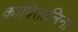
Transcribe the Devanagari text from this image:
कावितोलिना